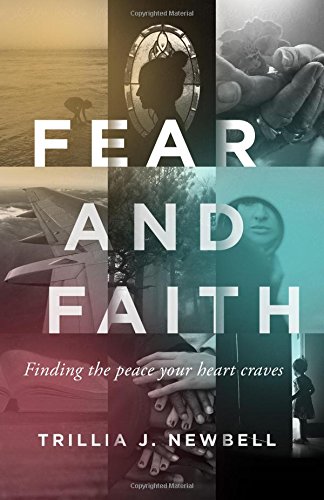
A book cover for Fear and Faith: Finding the Peace Your Heart Craves; Trillia J. Newbell; Christian Books & Bibles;